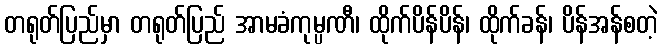
တရုတ်ပြည်မှာ တရုတ်ပြည် အာမခံကုမ္ပဏီ၊ ထိုက်ပိန်ပိန်၊ ထိုက်ခန်၊ ပိန်အန်စတဲ့